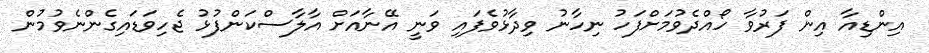
އިންޑިއާ އިން ފަރުވާ ހޯއްދެވުމަށްފަހު ނިހާނު ވިދާޅުވެފައި ވަނީ އޭނާއަށް އާލާސްކަންފުޅު ޖެހިވަޑައިގެންނެވުމުން